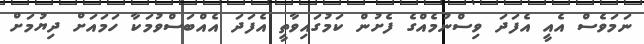
ނަމަވެސް އެއީ އެފަދަ ވިސްނުމެއްގެ ފެށުން ކަމުގައިވާތީ އެފަދަ އެއްބަސްވުމަކާ ހަމައަށް ދިޔުމަށް